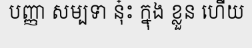
បញ្ញា សម្បទា នុ៎ះ ក្នុង ខ្លួន ហើយ